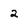
Character: 2